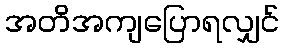
အတိအကျပြောရလျှင်